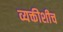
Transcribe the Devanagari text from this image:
व्यक्तीशीच